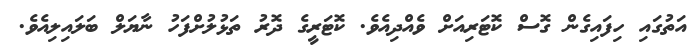
އަތުގައި ހިފައިގެން ގޮސް ކޮޓަރިއަށް ވެއްދިއެވެ. ކޮޓަރީގެ ދޮރު ތަޅުލުށްފަހު ނާޔަލް ބަލައިލިއެވެ.